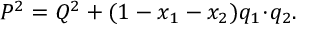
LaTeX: { \cal P } ^ { 2 } = { \cal Q } ^ { 2 } + ( 1 - x _ { 1 } - x _ { 2 } ) q _ { 1 } \! \cdot \! q _ { 2 } .